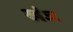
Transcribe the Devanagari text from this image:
खंज